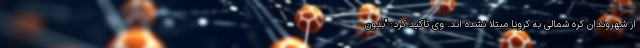
از شهروندان کره شمالی به کرونا مبتلا نشده اند. وی تاکید کرد: "بدون